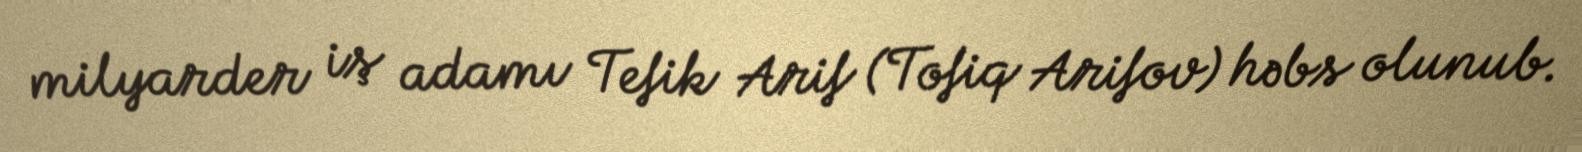
milyarder iş adamı Tefik Arif (Tofiq Arifov) həbs olunub.